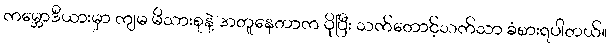
ကမ္ဘောဒီယားမှာ ကျမ မိသားစုနဲ့ အတူနေတာက ပိုပြီး သက်တောင့်သက်သာ ခံစားရပါတယ်။